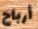
أرباح